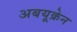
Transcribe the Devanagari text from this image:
अबयूक्रेन